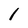
Character: 1